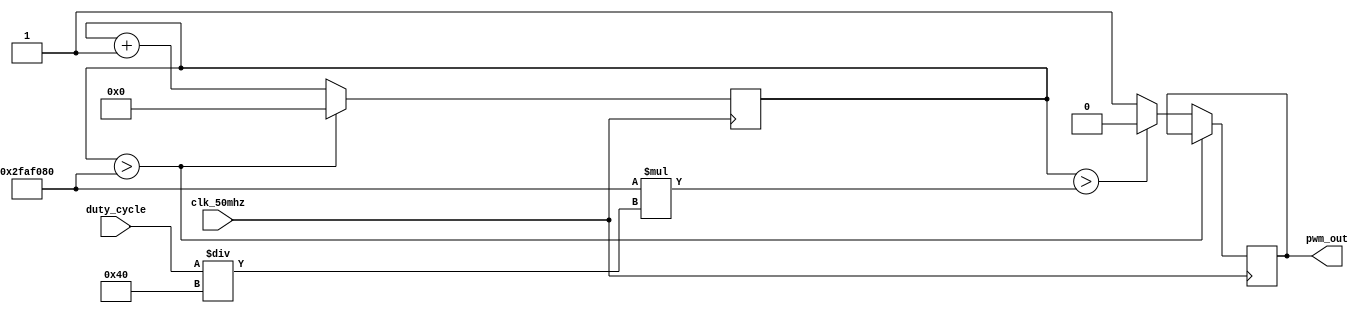
//Verilog 50mhz PWM outpur module, with 6-bit duty-cycle resolution
//Tristan Woodrich
//4/9/2018

module pwm(
	input clk_50mhz,
	input [5:0] duty_cycle,
	
	output reg pwm_out);
	
	wire[25:0] active;
	reg [25:0] count;
	
	parameter period = 1; //time in seconds
	
	
	assign active = (50000000*period) * (duty_cycle/64); //50Mhz/64 = 781250
	
	
	always @(posedge clk_50mhz) begin
		count <= count + 1;
		
		if (count > (50000000*period)) count <= 0;
		
		else if (count > active) pwm_out <= 0; //output = 0 if active period is over
		else  pwm_out <= 1; //output = 1 if in active period

	end
endmodule